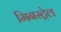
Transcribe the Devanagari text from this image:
मिनस्ट्रेल